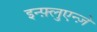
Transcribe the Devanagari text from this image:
इन्फ़्लुएन्ज़े